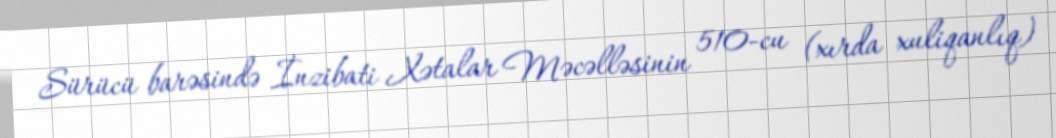
Sürücü barəsində İnzibati Xətalar Məcəlləsinin 510-cu (xırda xuliqanlıq)